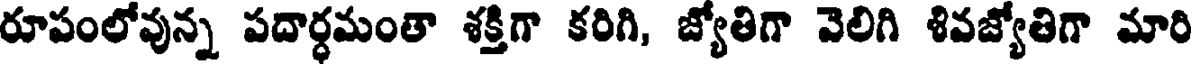
రూపంలోవున్న పదార్ధమంతా శక్తిగా కరిగి, జ్యోతిగా వెలిగి శివజ్యోతిగా మారి